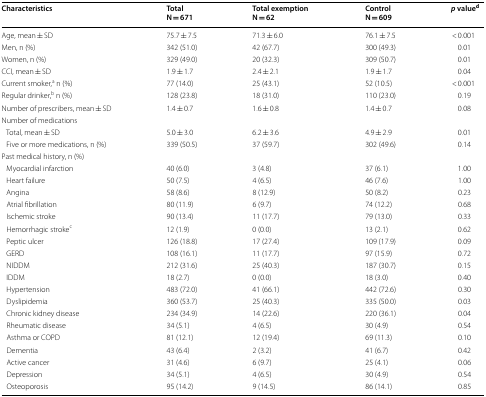
<table><thead><tr><td><b>Characteristics</b></td><td><b>TotalN = 671</b></td><td><b>Total exemptionN = 62</b></td><td><b>ControlN = 609</b></td><td><b><i>p</i> value<sup>d</sup></b></td></tr></thead><tbody><tr><td>Age, mean ± SD</td><td>75.7 ± 7.5</td><td>71.3 ± 6.0</td><td>76.1 ± 7.5</td><td>&lt; 0.001</td></tr><tr><td>Men, n (%)</td><td>342 (51.0)</td><td>42 (67.7)</td><td>300 (49.3)</td><td>0.01</td></tr><tr><td>Women, n (%)</td><td>329 (49.0)</td><td>20 (32.3)</td><td>309 (50.7)</td><td>0.01</td></tr><tr><td>CCI, mean ± SD</td><td>1.9 ± 1.7</td><td>2.4 ± 2.1</td><td>1.9 ± 1.7</td><td>0.04</td></tr><tr><td>Current smoker,<sup>a</sup> n (%)</td><td>77 (14.0)</td><td>25 (43.1)</td><td>52 (10.5)</td><td>&lt; 0.001</td></tr><tr><td>Regular drinker,<sup>b</sup> n (%)</td><td>128 (23.8)</td><td>18 (31.0)</td><td>110 (23.0)</td><td>0.19</td></tr><tr><td>Number of prescribers, mean ± SD</td><td>1.4 ± 0.7</td><td>1.6 ± 0.8</td><td>1.4 ± 0.7</td><td>0.08</td></tr><tr><td colspan="5">Number of medications</td></tr><tr><td> Total, mean ± SD</td><td>5.0 ± 3.0</td><td>6.2 ± 3.6</td><td>4.9 ± 2.9</td><td>0.01</td></tr><tr><td> Five or more medications, n (%)</td><td>339 (50.5)</td><td>37 (59.7)</td><td>302 (49.6)</td><td>0.14</td></tr><tr><td colspan="5">Past medical history, n (%)</td></tr><tr><td> Myocardial infarction</td><td>40 (6.0)</td><td>3 (4.8)</td><td>37 (6.1)</td><td>1.00</td></tr><tr><td> Heart failure</td><td>50 (7.5)</td><td>4 (6.5)</td><td>46 (7.6)</td><td>1.00</td></tr><tr><td> Angina</td><td>58 (8.6)</td><td>8 (12.9)</td><td>50 (8.2)</td><td>0.23</td></tr><tr><td> Atrial fibrillation</td><td>80 (11.9)</td><td>6 (9.7)</td><td>74 (12.2)</td><td>0.68</td></tr><tr><td> Ischemic stroke</td><td>90 (13.4)</td><td>11 (17.7)</td><td>79 (13.0)</td><td>0.33</td></tr><tr><td> Hemorrhagic stroke<sup>c</sup></td><td>12 (1.9)</td><td>0 (0.0)</td><td>13 (2.1)</td><td>0.62</td></tr><tr><td> Peptic ulcer</td><td>126 (18.8)</td><td>17 (27.4)</td><td>109 (17.9)</td><td>0.09</td></tr><tr><td> GERD</td><td>108 (16.1)</td><td>11 (17.7)</td><td>97 (15.9)</td><td>0.72</td></tr><tr><td> NIDDM</td><td>212 (31.6)</td><td>25 (40.3)</td><td>187 (30.7)</td><td>0.15</td></tr><tr><td> IDDM</td><td>18 (2.7)</td><td>0 (0.0)</td><td>18 (3.0)</td><td>0.40</td></tr><tr><td> Hypertension</td><td>483 (72.0)</td><td>41 (66.1)</td><td>442 (72.6)</td><td>0.30</td></tr><tr><td> Dyslipidemia</td><td>360 (53.7)</td><td>25 (40.3)</td><td>335 (50.0)</td><td>0.03</td></tr><tr><td> Chronic kidney disease</td><td>234 (34.9)</td><td>14 (22.6)</td><td>220 (36.1)</td><td>0.04</td></tr><tr><td> Rheumatic disease</td><td>34 (5.1)</td><td>4 (6.5)</td><td>30 (4.9)</td><td>0.54</td></tr><tr><td> Asthma or COPD</td><td>81 (12.1)</td><td>12 (19.4)</td><td>69 (11.3)</td><td>0.10</td></tr><tr><td> Dementia</td><td>43 (6.4)</td><td>2 (3.2)</td><td>41 (6.7)</td><td>0.42</td></tr><tr><td> Active cancer</td><td>31 (4.6)</td><td>6 (9.7)</td><td>25 (4.1)</td><td>0.06</td></tr><tr><td> Depression</td><td>34 (5.1)</td><td>4 (6.5)</td><td>30 (4.9)</td><td>0.54</td></tr><tr><td> Osteoporosis</td><td>95 (14.2)</td><td>9 (14.5)</td><td>86 (14.1)</td><td>0.85</td></tr></tbody></table>